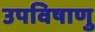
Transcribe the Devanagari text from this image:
उपविषाणु